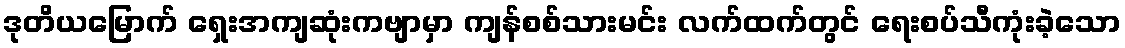
ဒုတိယမြောက် ရှေးအကျဆုံးကဗျာမှာ ကျန်စစ်သားမင်း လက်ထက်တွင် ရေးစပ်သီကုံးခဲ့သော